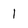
Character: 1